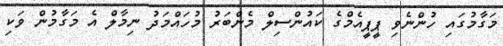
މަގާމުގައި ހުންނެވި ޕީޕީއެމްގެ ކައުންސިލް މެންބަރު މުހައްމަދު ނިމާލް އެ މަގާމުން ވަކި